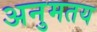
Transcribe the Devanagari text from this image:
अनुमतय